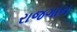
રાજગાન